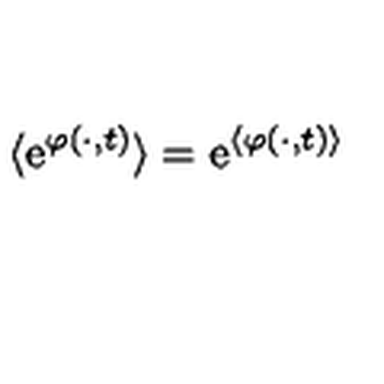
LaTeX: \langle \mathrm { e } ^ { \varphi ( \cdot , t ) } \rangle = \mathrm { e } ^ { \langle \varphi ( \cdot , t ) \rangle }